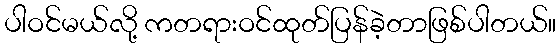
ပါဝင်မယ်လို့ ကတရားဝင်ထုတ်ပြန်ခဲ့တာဖြစ်ပါတယ်။